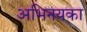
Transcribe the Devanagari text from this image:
अभिनयका